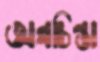
অন্নচিন্তা